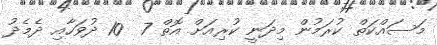
މަސައްކަތް ކުރަމުން މިދަނީ ކުރިއަށް އޮތް 7  10 ދުވަހާއި ދެމެދު